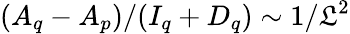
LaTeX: (A_{q}-A_{p})/(I_{q}+D_{q})\sim1/\mathfrak{L}^{2}